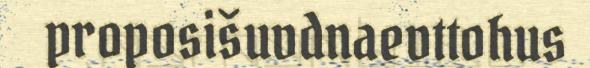
proposišuvdnaevttohus